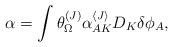
LaTeX: \begin{align*}\alpha=\int \theta^{(J)}_{\Omega}\alpha_{AK}^{\langle J\rangle}D_K\delta\phi_A,\end{align*}